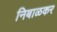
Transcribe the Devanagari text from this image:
निबाळकर